Mental hospitals Bombay report 1929-33 - 1929-1933
Year: 1929
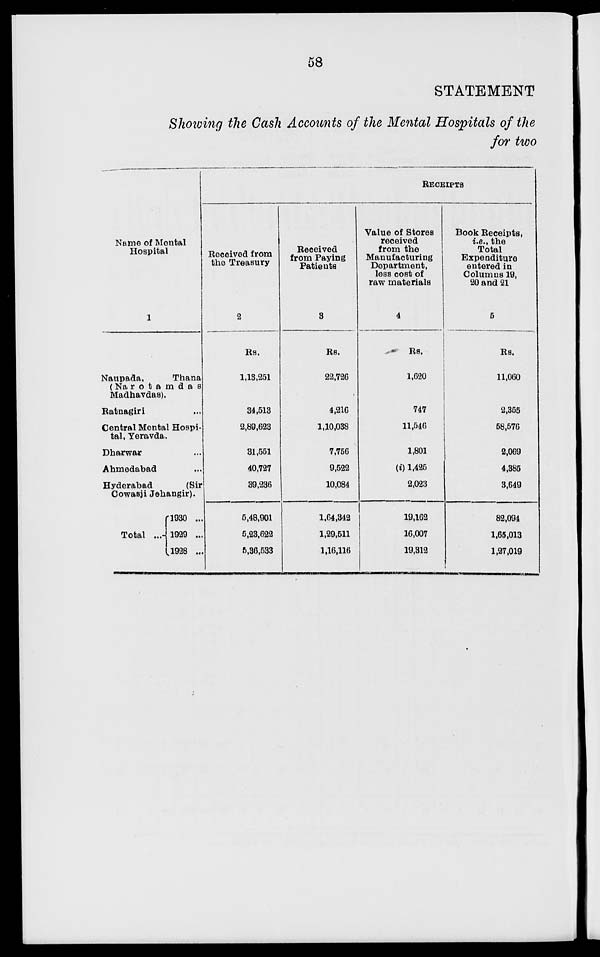
58
STATEMENT
Showing the Cash Accounts of the Mental Hospitals of the
for two
Name of Mental
Hospital
1
Naupada,
Thana
(Narotamdas
Madhavdas).
Ratnagiri ...
Central Mental Hospi-
tal, Yeravda.
Dharwar ...
Ahmedabad ...
Hyderabad
(Sir
Cowasji Jehangir).
Total ...
1930 ...
1929 ...
1928 ...
RECEIPTS
Received from
the Treasury
2
Rs.
1,13,251
34,513
2,89,623
31,551
40,727
39,236
5,48,901
5,23,622
5,36,533
Received
from Paying
Patients
3
Rs.
22,726
4,216
1,10,038
7,756
9,522
10,084
1,64,342
1,29,511
1,16,116
Value of Stores
received
from the
Manufacturing
Department,
less cost of
raw materials
4
Rs.
1,620
747
11,546
1,801
(i) 1,425
2,023
19,162
16,007
19,312
Book Receipts,
i.e., the
Total
Expenditure
entered in
Columns 19,
20 and 21
5
Rs.
11,060
2,355
58,576
2,069
4,385
3,649
82,094
1,65,013
1,27,019